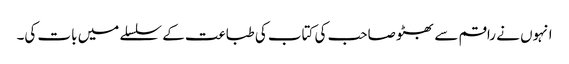
انہوں نے راقم سے بھٹو صاحب کی کتاب کی طباعت کے سلسلے میں بات کی۔